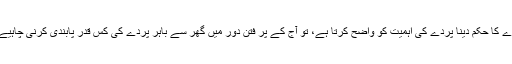
اس کے باوجود اُن کو پردے کا حکم دینا پردے کی اہمیت کو واضح کرتا ہے، تو آج کے پر فتن دور میں گھر سے باہر پردے کی کس قدر پابندی کرنی چاہیے اُس کا اندازہ خود لگا لیں۔